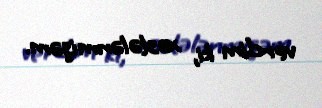
verdim ki, xəstələnmişəm.